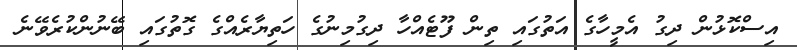
އިސްކޮޅުން ދިގު އެމީހާގެ އަތުގައި ތިން ފޫޓެއްހާ ދިގުމިނުގެ ހަތިޔާރެއްގެ ގޮތުގައި ބޭނުންކުރެވޭނެ